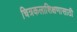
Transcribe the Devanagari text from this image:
चित्रकलाशिक्षणासाठी